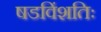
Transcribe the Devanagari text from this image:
षडविंशतिः